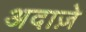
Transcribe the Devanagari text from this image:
अदाज़े